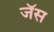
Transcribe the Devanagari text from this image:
जॅस